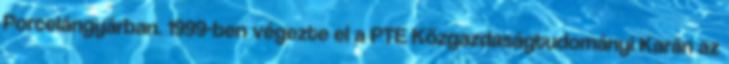
Porcelángyárban. 1999-ben végezte el a PTE Közgazdaságtudományi Karán az